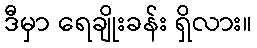
ဒီမှာ ရေချိုးခန်း ရှိလား။